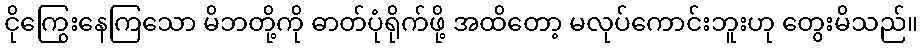
ငိုကြွေးနေကြသော မိဘတို့ကို ဓာတ်ပုံရိုက်ဖို့ အထိတော့ မလုပ်ကောင်းဘူးဟု တွေးမိသည်။